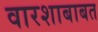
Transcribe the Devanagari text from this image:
वारशाबाबत